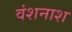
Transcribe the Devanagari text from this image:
वंशनाश